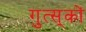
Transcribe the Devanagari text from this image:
गुत्स्‌कों